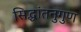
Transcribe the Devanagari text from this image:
सिद्धांतनुगुण